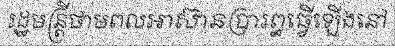
រដ្ឋមន្ត្រីថាមពលអាស៊ានប្រារព្ធធ្វើឡើងនៅ